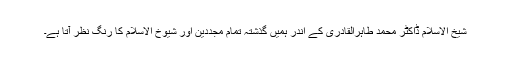
شیخ الاسلام ڈاکٹر محمد طاہرالقادری کے اندر ہمیں گذشتہ تمام مجددین اور شیوخ الاسلام کا رنگ نظر آتا ہے۔